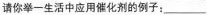
请你举一生活中应用催化剂的例子：___ 。